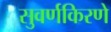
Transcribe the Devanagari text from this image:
सुवर्णकिरणे